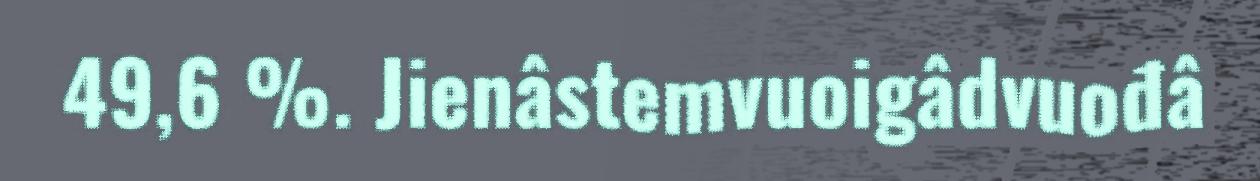
49,6 %. Jienâstemvuoigâdvuođâ